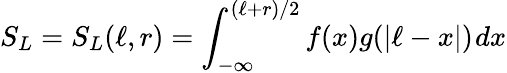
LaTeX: S_{L}=S_{L}(\ell,r)=\int_{-\infty}^{(\ell+r)/2}f(x)g(|\ell-x|)~\! dx